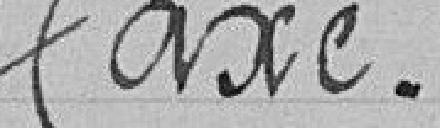
Taxe.